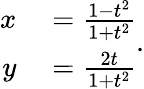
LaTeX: {\begin{array}{rl}{x}&{{}={\frac{1-t^{2}}{1+t^{2}}}}\\ {y}&{{}={\frac{2t}{1+t^{2}}}}\end{array}}.